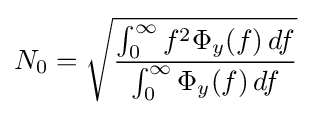
N_{0}={\sqrt {\frac {\int _{0}^{\infty }{f^{2}\Phi _{y}(f)\,df}}{\int _{0}^{\infty }{\Phi _{y}(f)\,df}}}}